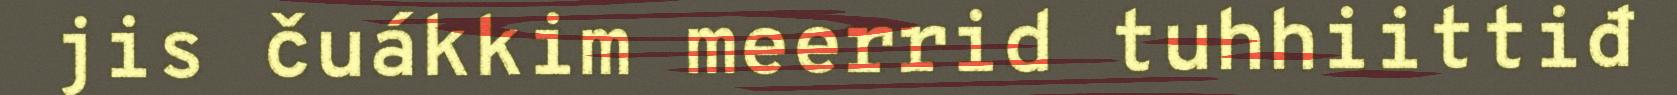
jis čuákkim meerrid tuhhiittiđ